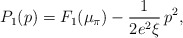
\begin{align*}P_1(p) = F_1(\mu_\pi) - \frac{1}{2 e^2\xi}\,p^2,\end{align*}